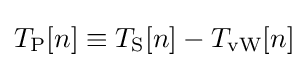
T_{\text{P}}[n]\equiv T_{\text{S}}[n]-T_{\text{vW}}[n]